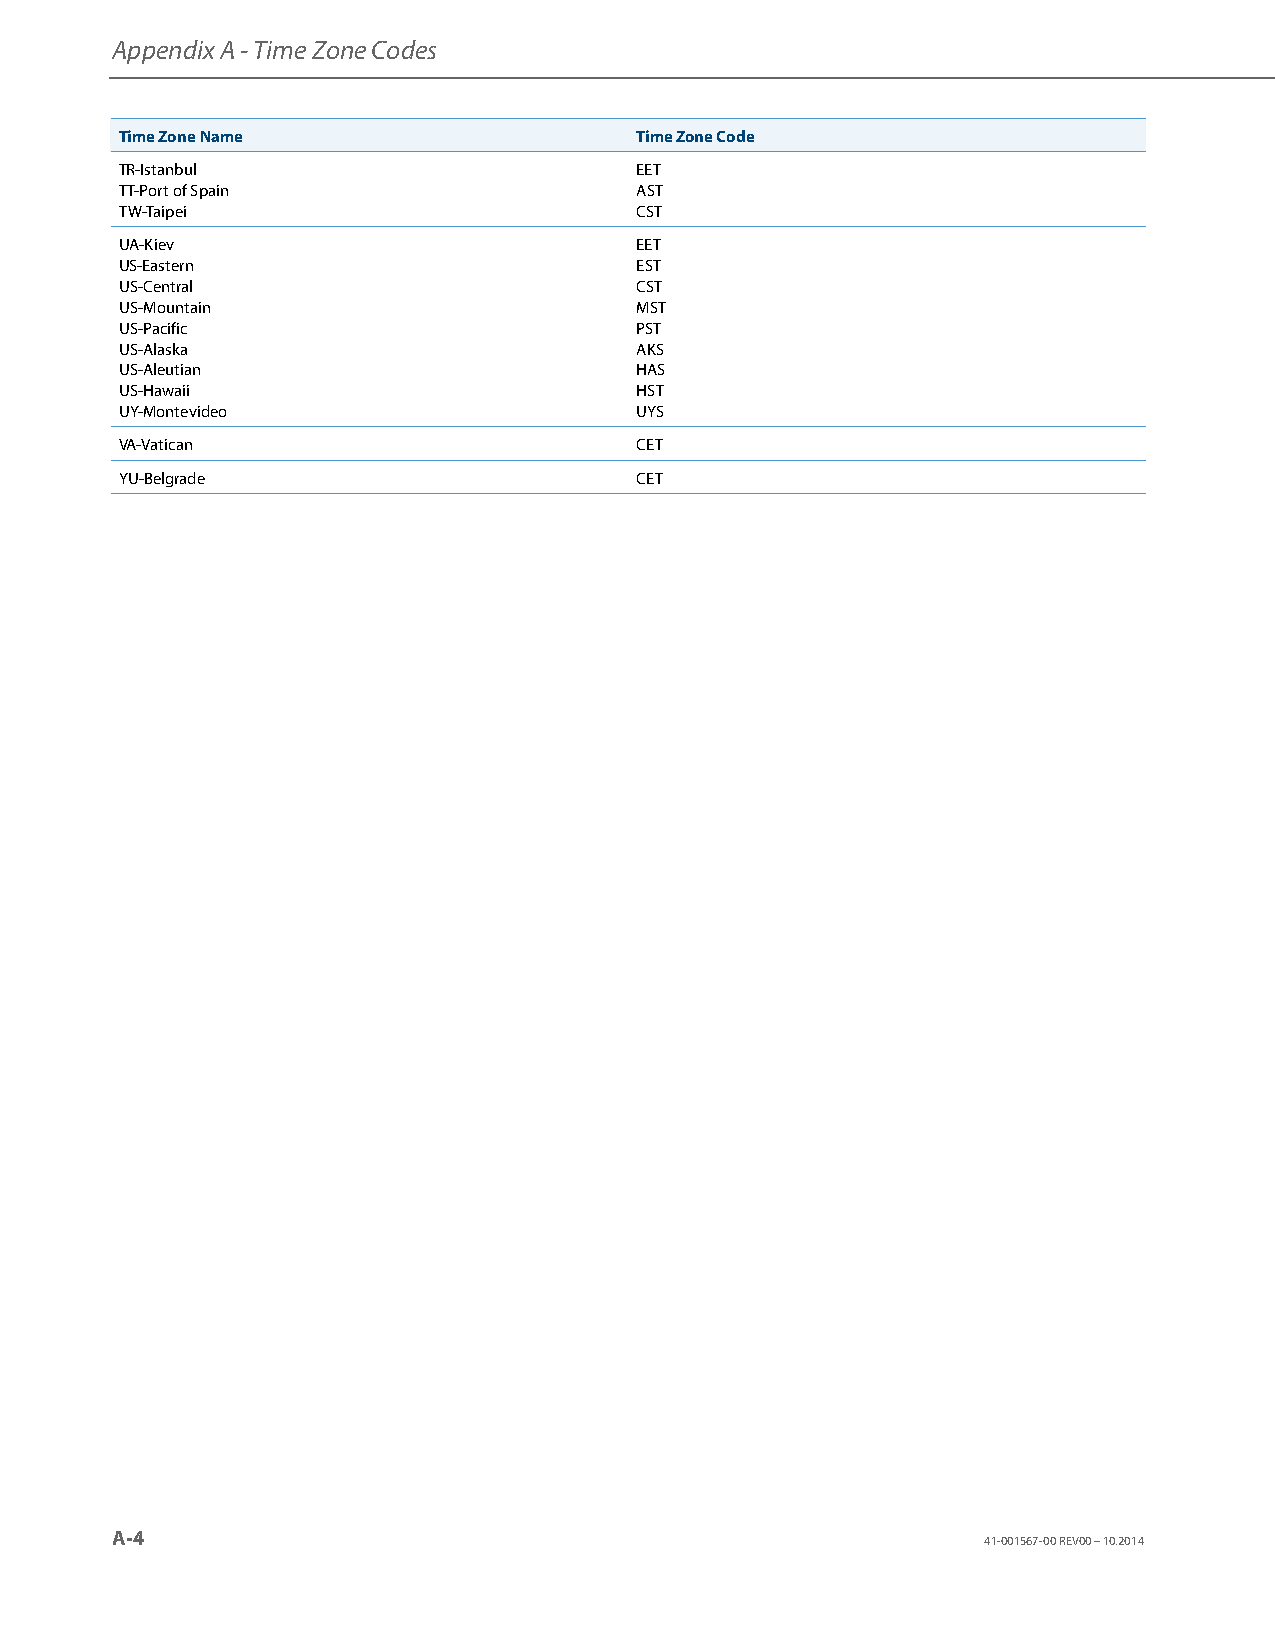
Appendix A - Time Zone Codes
 Time Zone Name                    Time Zone Code
 TR-Istanbul                       EET
 TT-Port of Spain                  AST
 TW-Taipei                         CST
 UA-Kiev                           EET
 US-Eastern                        EST
 US-Central                        CST
 US-Mountain                       MST
 US-Pacific                        PST
 US-Alaska                         AKS
 US-Aleutian                       HAS
 US-Hawaii                         HST
 UY-Montevideo                     UYS
 VA-Vatican                        CET
 YU-Belgrade                       CET
 A-4
 41-001567-00 REV00 – 10.2014